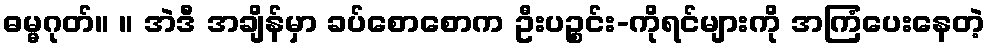
ဓမ္မဂုတ်။ ။ အဲဒီ အချိန်မှာ ခပ်စောစောက ဦးပဉ္စင်း-ကိုရင်များကို အကြံပေးနေတဲ့